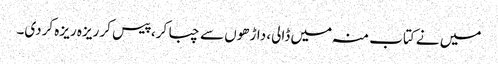
میں نے کتاب منہ میں ڈالی، داڑھوں سے چبا کر، پیس کر ریزہ ریزہ کردی۔